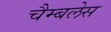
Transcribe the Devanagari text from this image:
चैम्बलेस